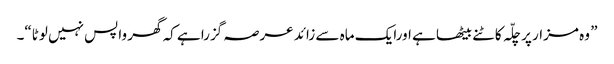
” وہ مزار پر چلّہ کاٹنے بیٹھا ہے اورایک ماہ سے زائد عرصہ گزرا ہے کہ گھر واپس نہیں لوٹا“۔